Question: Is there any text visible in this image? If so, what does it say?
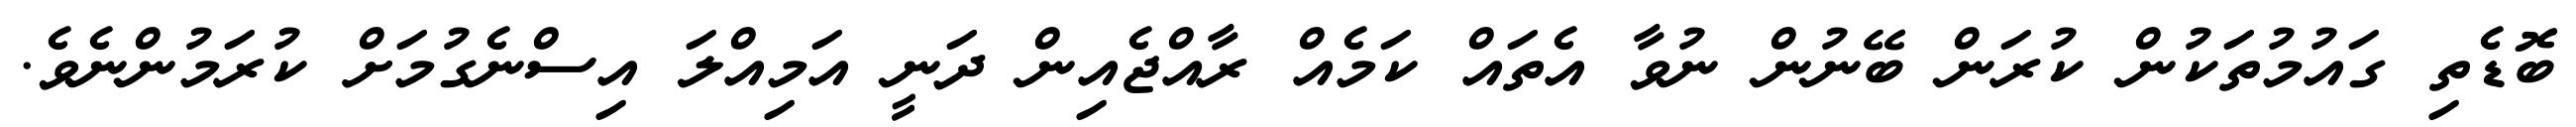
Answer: ބޮޑެތި ގައުމުތަކުން ކުރަން ބޭނުން ނުވާ އެތައް ކަމެއް ރާއްޖެއިން ދަނީ އަމިއްލަ އިސްނެގުމަށް ކުރަމުންނެވެ.